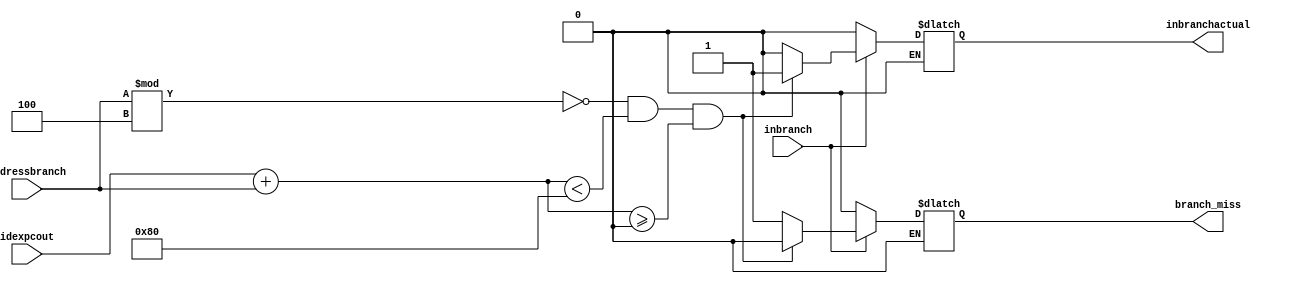
`timescale 1ns / 1ps
//////////////////////////////////////////////////////////////////////////////////
// Company: 
// Engineer: 
// 
// Design Name: 
// Module Name:    branch_flag 
// Project Name: 
// Target Devices: 
// Tool versions: 
// Description: 
//
// Dependencies: 
//
// Revision: 
// Revision 0.01 - File Created
// Additional Comments: 
//
//////////////////////////////////////////////////////////////////////////////////
module adjusted_branch_flag(inbranch,addressbranch,branch_miss,inbranchactual,idexpcout
    );

input wire inbranch;
input wire [31:0] idexpcout;
input wire [31:0] addressbranch;
output reg branch_miss;
output reg inbranchactual;

initial begin
branch_miss<=0;
inbranchactual<=0;
end

always@(*)begin
if (inbranch==0)begin
branch_miss<=0;
inbranchactual<=0;
end
if (inbranch==1)begin
if (addressbranch%4==0 && $signed(idexpcout+$signed(addressbranch))<128 
&& $signed(idexpcout+$signed(addressbranch))>=0 )begin
branch_miss<=0;
inbranchactual<=1;
end
else begin
branch_miss<=1;
inbranchactual<=0;
end
end
end




endmodule